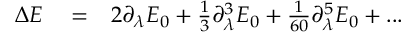
\begin{array} { r l r } { \Delta E } & { { } = } & { 2 \partial _ { \lambda } E _ { 0 } + \frac { 1 } { 3 } \partial _ { \lambda } ^ { 3 } E _ { 0 } + \frac { 1 } { 6 0 } \partial _ { \lambda } ^ { 5 } E _ { 0 } + . . . } \end{array}